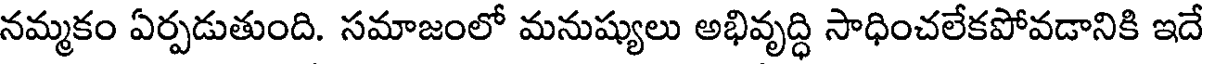
నమ్మకం ఏర్పడుతుంది. సమాజంలో మనుష్యులు అభివృద్ధి సాధించలేకపోవడానికి ఇదే